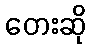
တေးဆို